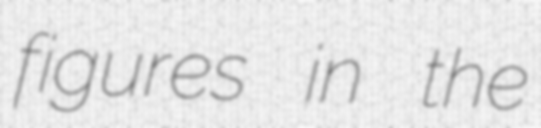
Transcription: figures in the